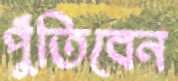
পুঁতিবেন